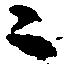
々